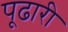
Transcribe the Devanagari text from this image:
पूढारी